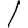
Digit: 1